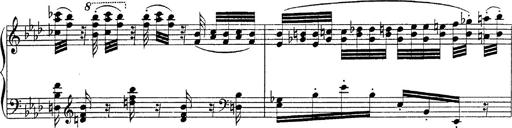
Title: Fantasie Ã¼ber Themen aus Mozarts Figaro und Don Giovanni
Composer: Franz Liszt